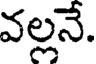
వల్లనే.